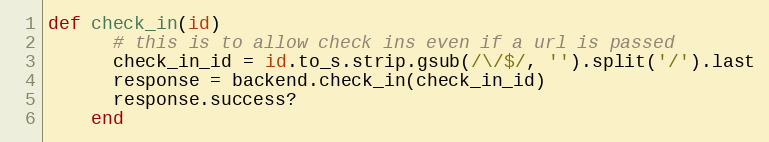
Language: Ruby
def check_in(id)
      # this is to allow check ins even if a url is passed
      check_in_id = id.to_s.strip.gsub(/\/$/, '').split('/').last
      response = backend.check_in(check_in_id)
      response.success?
    end